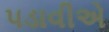
પડાવીએ